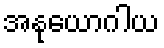
အနုယောဂါယ